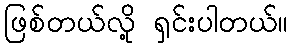
ဖြစ်တယ်လို့ ရှင်းပါတယ်။